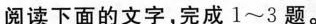
阅读下面的文字，完成l~3题。